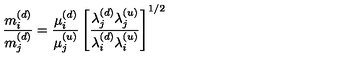
{ \frac { m _ { i } ^ { ( d ) } } { m _ { j } ^ { ( d ) } } } = { \frac { \mu _ { i } ^ { ( d ) } } { \mu _ { j } ^ { ( u ) } } } \left[ { \frac { \lambda _ { j } ^ { ( d ) } \lambda _ { j } ^ { ( u ) } } { \lambda _ { i } ^ { ( d ) } \lambda _ { i } ^ { ( u ) } } } \right] ^ { 1 / 2 }